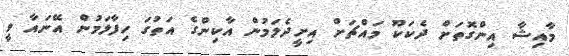
މާއިޝާ އިންގޮތަށް ދެކަކޫ މައްޗަށް އިށީދެލަމުން އާކިންގެ އަތުގަ ހިފާލަމުން އޭނައާ ވީ